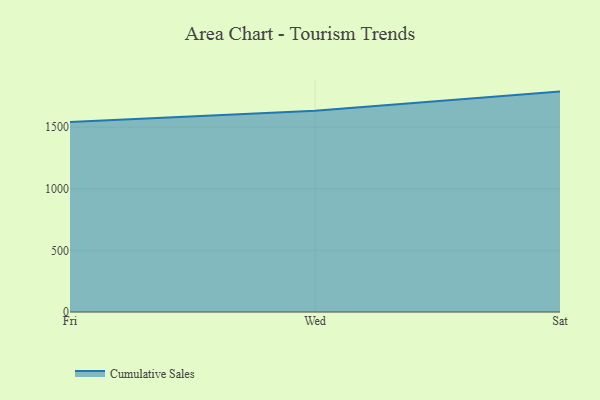
{"axis": {"x": "Day", "y": "Market Share (%)"}, "legend": ["Cumulative Sales"], "data": [{"x": "Fri", "y": 1541.8, "type": "Cumulative Sales"}, {"x": "Wed", "y": 1633.3, "type": "Cumulative Sales"}, {"x": "Sat", "y": 1787.8, "type": "Cumulative Sales"}]}